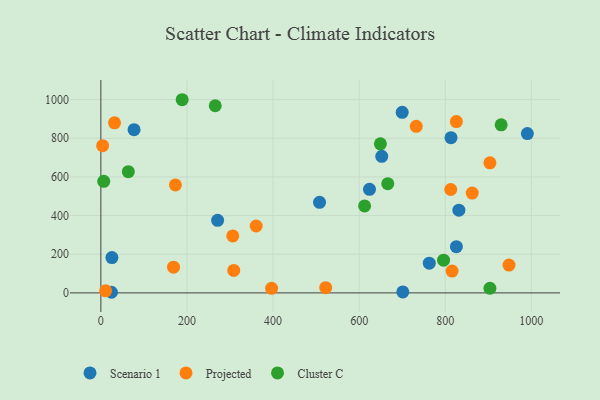
{"axis": {"x": "Ad Spend", "y": "Rating"}, "legend": ["Cluster C", "Projected", "Scenario 1"], "data": [{"x": "24.6", "y": 3.2, "type": "Scenario 1"}, {"x": "652.5", "y": 706.7, "type": "Scenario 1"}, {"x": "701.4", "y": 5.1, "type": "Scenario 1"}, {"x": "271.2", "y": 375.5, "type": "Scenario 1"}, {"x": "77.1", "y": 844.3, "type": "Scenario 1"}, {"x": "762.9", "y": 153.7, "type": "Scenario 1"}, {"x": "990.8", "y": 824.4, "type": "Scenario 1"}, {"x": "700.0", "y": 934.1, "type": "Scenario 1"}, {"x": "25.7", "y": 182.9, "type": "Scenario 1"}, {"x": "831.7", "y": 428.2, "type": "Scenario 1"}, {"x": "624.0", "y": 536.1, "type": "Scenario 1"}, {"x": "825.9", "y": 239.0, "type": "Scenario 1"}, {"x": "508.0", "y": 468.6, "type": "Scenario 1"}, {"x": "813.4", "y": 803.1, "type": "Scenario 1"}, {"x": "522.3", "y": 26.9, "type": "Projected"}, {"x": "862.6", "y": 516.6, "type": "Projected"}, {"x": "11.1", "y": 10.9, "type": "Projected"}, {"x": "815.9", "y": 113.1, "type": "Projected"}, {"x": "396.6", "y": 23.6, "type": "Projected"}, {"x": "173.2", "y": 558.6, "type": "Projected"}, {"x": "825.8", "y": 886.4, "type": "Projected"}, {"x": "308.7", "y": 116.1, "type": "Projected"}, {"x": "360.8", "y": 346.1, "type": "Projected"}, {"x": "306.4", "y": 294.9, "type": "Projected"}, {"x": "903.8", "y": 673.1, "type": "Projected"}, {"x": "732.6", "y": 861.9, "type": "Projected"}, {"x": "4.1", "y": 761.9, "type": "Projected"}, {"x": "812.8", "y": 535.1, "type": "Projected"}, {"x": "31.8", "y": 880.0, "type": "Projected"}, {"x": "948.1", "y": 143.9, "type": "Projected"}, {"x": "168.8", "y": 133.2, "type": "Projected"}, {"x": "6.7", "y": 577.5, "type": "Cluster C"}, {"x": "265.7", "y": 968.4, "type": "Cluster C"}, {"x": "188.9", "y": 999.5, "type": "Cluster C"}, {"x": "903.8", "y": 24.1, "type": "Cluster C"}, {"x": "649.4", "y": 771.2, "type": "Cluster C"}, {"x": "796.1", "y": 169.1, "type": "Cluster C"}, {"x": "929.9", "y": 869.5, "type": "Cluster C"}, {"x": "63.8", "y": 627.2, "type": "Cluster C"}, {"x": "612.7", "y": 450.0, "type": "Cluster C"}, {"x": "666.5", "y": 565.3, "type": "Cluster C"}]}